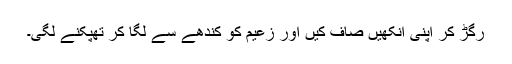
رگڑ کر اپنی آنکھیں صاف کیں اور زعیم کو کندھے سے لگا کر تھپکنے لگی۔